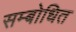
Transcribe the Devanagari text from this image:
सम्‍बोधित